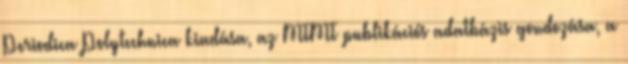
Periodica Polytechnica kiadása, az MTMT publikációs adatbázis gondozása, a